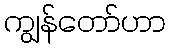
ကျွန်တော်ဟာ